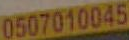
0507010045